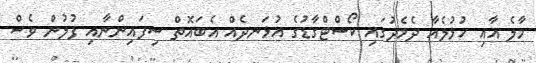
މާލެ އާއި ހުޅުލެއާ ދެމެދުގައި ކޯސްޓްގާޑުގެ އުޅަނދެއް އެބައޮތް ސިފައިންނާއި ފުލުން ވެސް